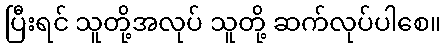
ပြီးရင် သူတို့အလုပ် သူတို့ ဆက်လုပ်ပါစေ။